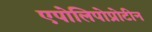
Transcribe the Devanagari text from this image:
एपोलिपोप्रोटीन